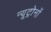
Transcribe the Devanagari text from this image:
न्यूट्रोनों